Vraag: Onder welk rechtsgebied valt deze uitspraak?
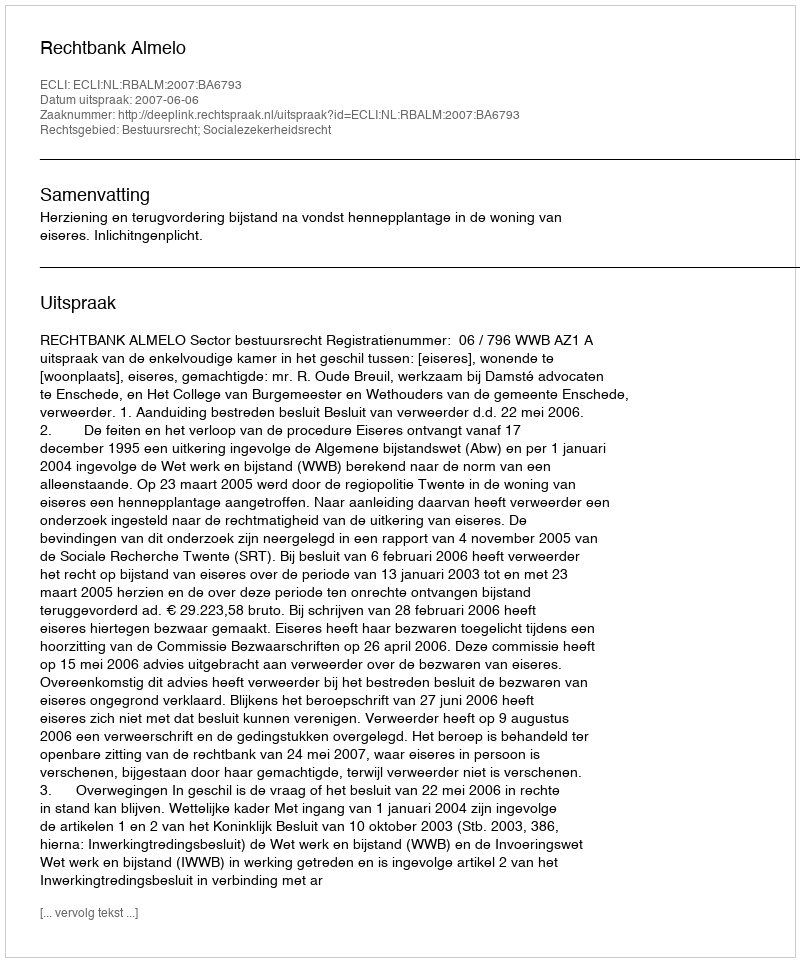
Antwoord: Bestuursrecht; Socialezekerheidsrecht